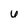
Character: U